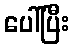
ပေါ်ပြီး